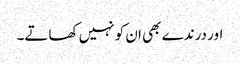
اور درندے بھی ان کو نہیں کھاتے۔